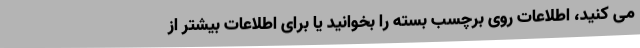
می کنید، اطلاعات روی برچسب بسته را بخوانید یا برای اطلاعات بیشتر از